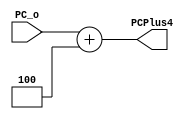
module Adder_PCPlus4(PC_o,PCPlus4);
    input [31:0] PC_o;
	output reg [31:0] PCPlus4;
	
	always@(*)
		begin
		PCPlus4 = PC_o + 32'd4;
		end
endmodule